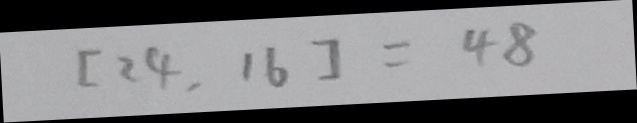
[ 2 4 , 1 6 ] = 4 8